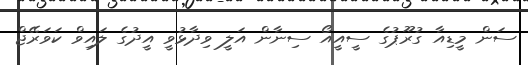
ސަން މީޑިއާ ގުރޫޕުގެ ސީއީއޯ ސިނާން އަލީ ވިދާޅުވީ އީދުގެ ލައިވް ކަވަރޭޖް